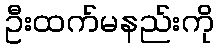
ဦးထက်မနည်းကို